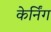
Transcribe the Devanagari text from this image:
केर्निंग